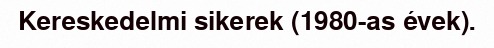
Kereskedelmi sikerek (1980-as évek).